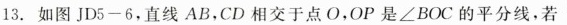
13.如图JD5-6，直线AB，CD相交于点O，OP是∠BOC的平分线，若